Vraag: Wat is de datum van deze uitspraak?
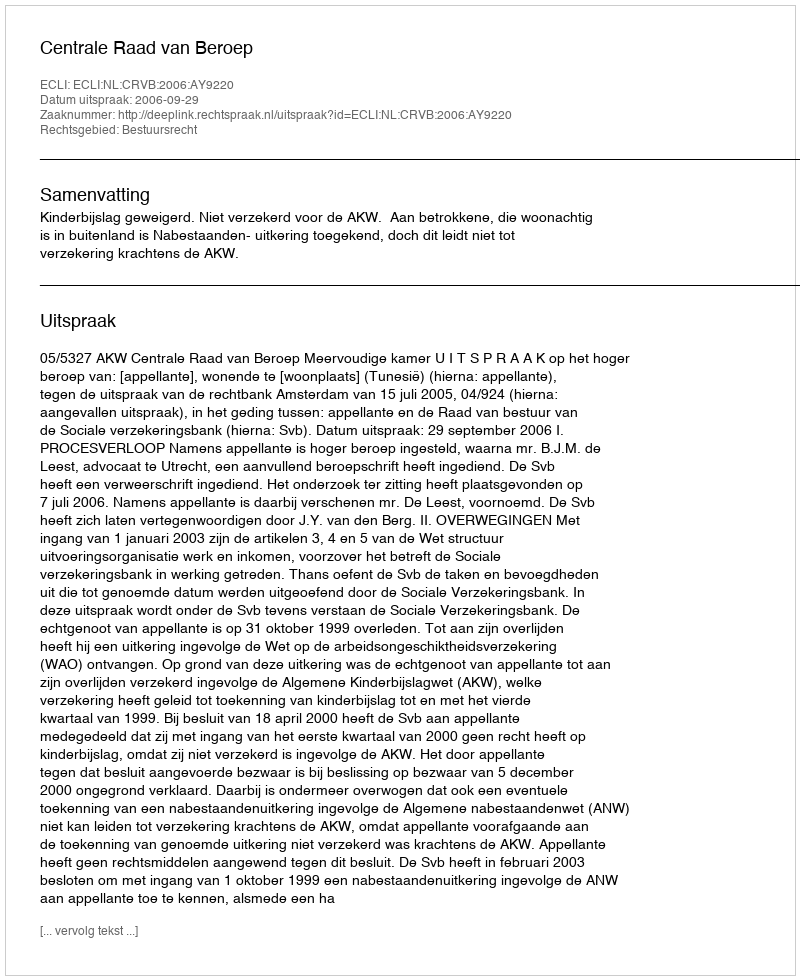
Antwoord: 2006-09-29